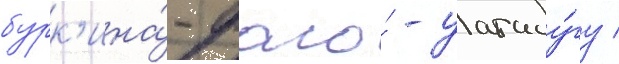
бурк'ина́-фасо́ - уагаду́гу /